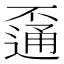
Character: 𨖕